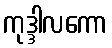
ကုဒ္ဒါလကော